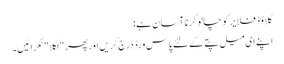
کلاؤڈ فلایر کو چالو کرنا آسان ہے:
اپنے ای میل پتے کے لئے پاس ورڈ درج کریں اور پھر "اگلا" ٹکرائیں۔